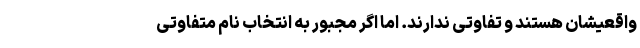
واقعیشان هستند و تفاوتی ندارند. اما اگر مجبور به انتخاب نام متفاوتی